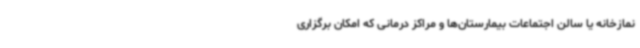
نمازخانه یا سالن اجتماعات بیمارستان‌ها و مراکز درمانی که امکان برگزاری